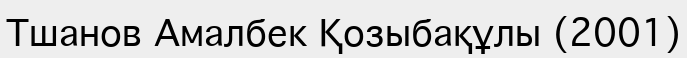
Тшанов Амалбек Қозыбақұлы (2001)